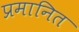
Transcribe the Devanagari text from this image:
प्रमानित